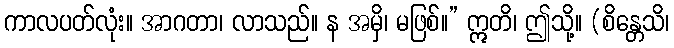
ကာလပတ်လုံး။ အာဂတာ၊ လာသည်။ န အမှိ၊ မဖြစ်။” ဣတိ၊ ဤသို့။ (စိန္တေသိ၊